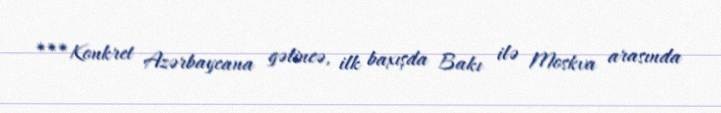
***Konkret Azərbaycana gəlincə, ilk baxışda Bakı ilə Moskva arasında